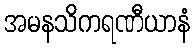
အမနသိကရဏီယာနံ